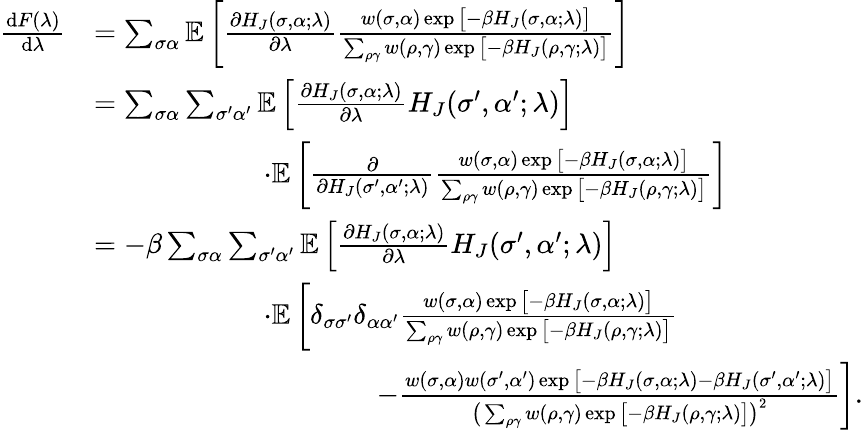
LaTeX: \begin{array}{rl}{\frac{\textrm{d}F(\lambda)}{\textrm{d}\lambda}}&{=\sum_{\sigma\alpha}\mathbb{E}\left[\frac{\partial H_{J}(\sigma,\alpha;\lambda)}{\partial\lambda}\frac{w(\sigma,\alpha)\exp{\big[-\beta H_{J}(\sigma,\alpha;\lambda)\big]}}{\sum_{\rho\gamma}w(\rho,\gamma)\exp{\big[-\beta H_{J}(\rho,\gamma;\lambda)\big]}}\right]}\\ &{=\sum_{\sigma\alpha}\sum_{\sigma^{\prime}\alpha^{\prime}}\mathbb{E}\left[\frac{\partial H_{J}(\sigma,\alpha;\lambda)}{\partial\lambda}H_{J}(\sigma^{\prime},\alpha^{\prime};\lambda)\right]}\\ &{\qquad\qquad\qquad\cdot\mathbb{E}\left[\frac{\partial}{\partial H_{J}(\sigma^{\prime},\alpha^{\prime};\lambda)}\frac{w(\sigma,\alpha)\exp{\big[-\beta H_{J}(\sigma,\alpha;\lambda)\big]}}{\sum_{\rho\gamma}w(\rho,\gamma)\exp{\big[-\beta H_{J}(\rho,\gamma;\lambda)\big]}}\right]}\\ &{=-\beta\sum_{\sigma\alpha}\sum_{\sigma^{\prime}\alpha^{\prime}}\mathbb{E}\left[\frac{\partial H_{J}(\sigma,\alpha;\lambda)}{\partial\lambda}H_{J}(\sigma^{\prime},\alpha^{\prime};\lambda)\right]}\\ &{\qquad\qquad\qquad\cdot\mathbb{E}\left[\delta_{\sigma\sigma^{\prime}}\delta_{\alpha\alpha^{\prime}}\frac{w(\sigma,\alpha)\exp{\big[-\beta H_{J}(\sigma,\alpha;\lambda)\big]}}{\sum_{\rho\gamma}w(\rho,\gamma)\exp{\big[-\beta H_{J}(\rho,\gamma;\lambda)\big]}}\right.}\\ &{\qquad\qquad\qquad\qquad\qquad\left.-\frac{w(\sigma,\alpha)w(\sigma^{\prime},\alpha^{\prime})\exp{\big[-\beta H_{J}(\sigma,\alpha;\lambda)-\beta H_{J}(\sigma^{\prime},\alpha^{\prime};\lambda)\big]}}{\big(\sum_{\rho\gamma}w(\rho,\gamma)\exp{\big[-\beta H_{J}(\rho,\gamma;\lambda)\big]}\big)^{2}}\right].}\end{array}